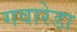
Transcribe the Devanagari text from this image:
गवारेडा